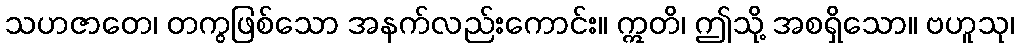
သဟဇာတေ၊ တကွဖြစ်သော အနက်လည်းကောင်း။ ဣတိ၊ ဤသို့ အစရှိသော။ ဗဟူသု၊